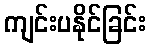
ကျင်းပနိုင်ခြင်း